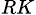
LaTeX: _{RK}